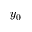
y _ { 0 }